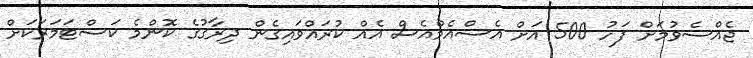
ޖެއްސެވުމަށް ފަހު 500 އަށް އެސްއެމްއެސް އެއް ކުރައްވައިގެން ދިރާގުގެ ކޮންމެ ކަސްޓަމަރަކަށް